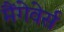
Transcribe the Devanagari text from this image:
मैंगेवेर्स